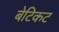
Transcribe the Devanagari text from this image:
बेटिकट